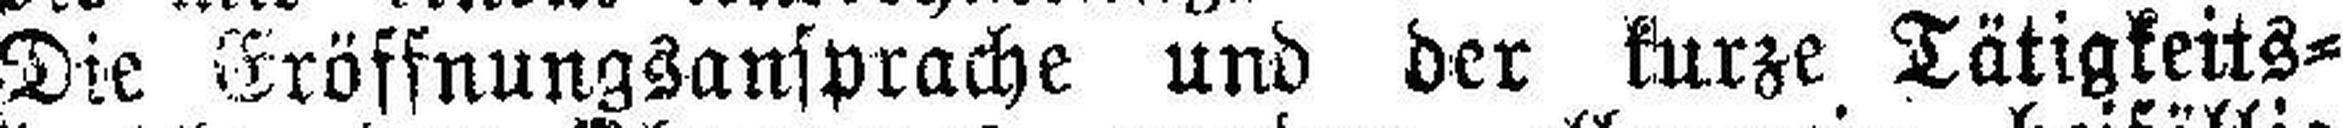
Die Eröffnungsansprache und der kurze Tätigkeits¬